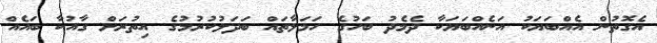
އެގޮތުން އެއްބަޔަކު އަނެއްބަޔަކާ ދެމެދު ބަހުގެ ހަމަލާތައް ބަދަލުކުރުމުގެ އިތުރަށް ގާއުކާ ބައެއް